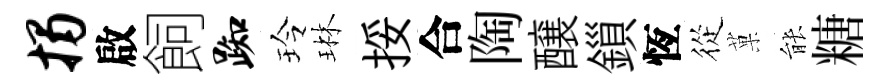
揭啟飼踟玲琳挼合陶醸鎻恆從菓䏻糖